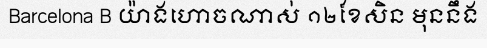
Barcelona B យ៉ាងហោចណាស់ ១២ខែសិន មុននឹង